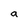
Character: a